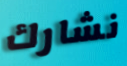
نشارك